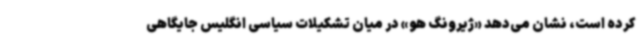
کرده است، نشان می‌دهد «ژیرونگ هو» در میان تشکیلات سیاسی انگلیس جایگاهی